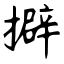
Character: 擗